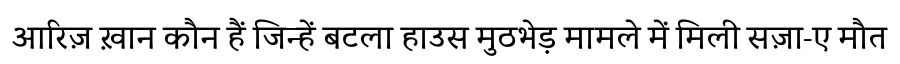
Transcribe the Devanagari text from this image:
आरिज़ ख़ान कौन हैं जिन्हें बटला हाउस मुठभेड़ मामले में मिली सज़ा-ए मौत